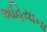
અહિયાના